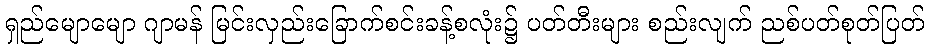
ရှည်မျောမျော ဂျာမန် မြင်းလှည်းခြောက်စင်းခန့်စလုံး၌ ပတ်တီးများ စည်းလျက် ညစ်ပတ်စုတ်ပြတ်